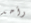
وأحد